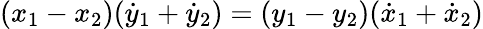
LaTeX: (x_{1}-x_{2})({\dot{y}}_{1}+{\dot{y}}_{2})=(y_{1}-y_{2})({\dot{x}}_{1}+{\dot{x}}_{2})